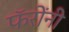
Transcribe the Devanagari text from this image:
फॅरोंनी